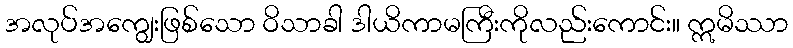
အလုပ်အကျွေးဖြစ်သော ဝိသာခါ ဒါယိကာမကြီးကိုလည်းကောင်း။ ဣမိဿာ